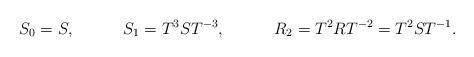
LaTeX: \begin{align*}S_0 &= S, & S_1 &= T^3ST^{-3}, & R_2 &= T^2RT^{-2} = T^2ST^{-1}.\end{align*}